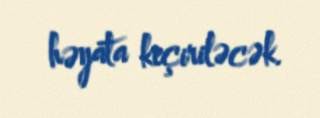
həyata keçiriləcək.